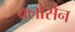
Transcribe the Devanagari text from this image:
क्लौसेन